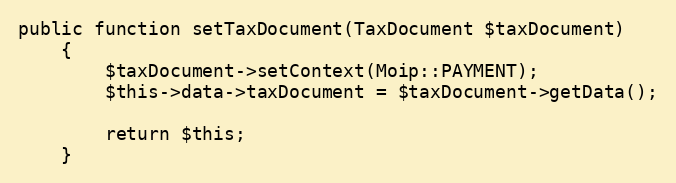
Language: PHP
public function setTaxDocument(TaxDocument $taxDocument)
    {
        $taxDocument->setContext(Moip::PAYMENT);
        $this->data->taxDocument = $taxDocument->getData();

        return $this;
    }